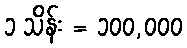
၁ သိန်း = ၁၀၀,၀၀၀